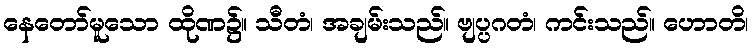
နေတော်မူသော ထိုဏ၌။ သီတံ၊ အချမ်းသည်။ ဗျပ္ပဂတံ၊ ကင်းသည်။ ဟောတိ၊